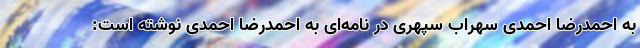
به احمدرضا احمدی سهراب سپهری در نامه‌ای به احمدرضا احمدی نوشته است: